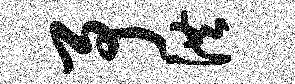
予洪